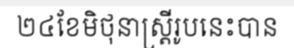
២៤ខែមិថុនាស្ត្រីរូបនេះបាន